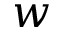
w